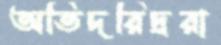
অতিদরিদ্ররা